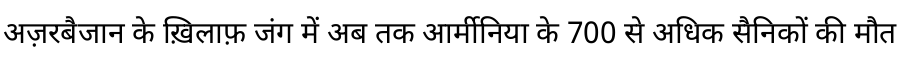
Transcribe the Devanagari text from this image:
अज़रबैजान के ख़िलाफ़ जंग में अब तक आर्मीनिया के 700 से अधिक सैनिकों की मौत